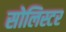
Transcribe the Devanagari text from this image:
सोलिस्टर